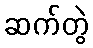
ဆက်တွဲ